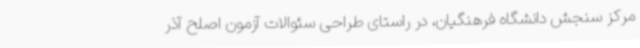
مرکز سنجش دانشگاه فرهنگیان، در راستای طراحی سئوالات آزمون اصلح آذر